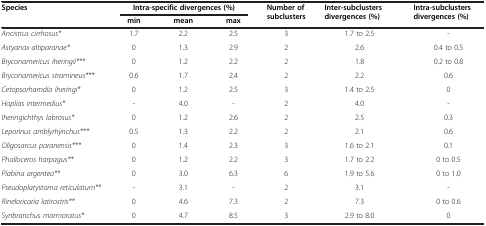
<table><thead><tr><td><b>Species</b></td><td colspan="3"><b>Intra-specific divergences (%)</b></td><td><b>Number of subclusters</b></td><td><b>Inter-subclusters divergences (%)</b></td><td><b>Intra-subclusters divergences (%)</b></td></tr><tr><td>[EMPTY_CELL]</td><td><b>min</b></td><td><b>mean</b></td><td><b>max</b></td><td>[EMPTY_CELL]</td><td>[EMPTY_CELL]</td><td>[EMPTY_CELL]</td></tr></thead><tbody><tr><td><i>Ancistrus cirrhosus*</i></td><td>1.7</td><td>2.2</td><td>2.5</td><td>3</td><td>1.7 to 2.5</td><td>-</td></tr><tr><td><i>Astyanax altiparanae*</i></td><td>0</td><td>1.3</td><td>2.9</td><td>2</td><td>2.6</td><td>0.4 to 0.5</td></tr><tr><td><i>Bryconamericus iheringii***</i></td><td>0</td><td>1.2</td><td>2.2</td><td>2</td><td>1.8</td><td>0.2 to 0.8</td></tr><tr><td><i>Bryconamericus stramineus***</i></td><td>0.6</td><td>1.7</td><td>2.4</td><td>2</td><td>2.2</td><td>0.6</td></tr><tr><td><i>Cetopsorhamdia iheringi*</i></td><td>0</td><td>1.2</td><td>2.5</td><td>3</td><td>1.4 to 2.5</td><td>0</td></tr><tr><td><i>Hoplias intermedius*</i></td><td>-</td><td>4.0</td><td>-</td><td>2</td><td>4.0</td><td>-</td></tr><tr><td><i>Iheringichthys labrosus*</i></td><td>0</td><td>1.2</td><td>2.6</td><td>2</td><td>2.5</td><td>0.3</td></tr><tr><td><i>Leporinus amblyrhynchus***</i></td><td>0.5</td><td>1.3</td><td>2.2</td><td>2</td><td>2.1</td><td>0.6</td></tr><tr><td><i>Oligosarcus paranensis***</i></td><td>0</td><td>1.4</td><td>2.3</td><td>3</td><td>1.6 to 2.1</td><td>0.1</td></tr><tr><td><i>Phalloceros harpagus**</i></td><td>0</td><td>1.2</td><td>2.2</td><td>3</td><td>1.7 to 2.2</td><td>0 to 0.5</td></tr><tr><td><i>Piabina argentea**</i></td><td>0</td><td>3.0</td><td>6.3</td><td>6</td><td>1.9 to 5.6</td><td>0 to 1.0</td></tr><tr><td><i>Pseudoplatystoma reticulatum**</i></td><td>-</td><td>3.1</td><td>-</td><td>2</td><td>3.1</td><td>-</td></tr><tr><td><i>Rineloricaria latirostris**</i></td><td>0</td><td>4.6</td><td>7.3</td><td>2</td><td>7.3</td><td>0 to 0.6</td></tr><tr><td><i>Synbranchus marmoratus*</i></td><td>0</td><td>4.7</td><td>8.5</td><td>3</td><td>2.9 to 8.0</td><td>0</td></tr></tbody></table>